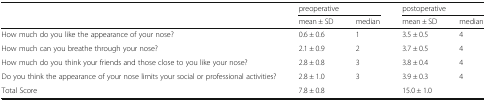
<table><thead><tr><td></td><td colspan="2"><b>preoperative</b></td><td colspan="2"><b>postoperative</b></td></tr><tr><td></td><td><b>mean ± SD</b></td><td><b>median</b></td><td><b>mean ± SD</b></td><td><b>median</b></td></tr></thead><tbody><tr><td>How much do you like the appearance of your nose?</td><td>0.6 ± 0.6</td><td>1</td><td>3.5 ± 0.5</td><td>4</td></tr><tr><td>How much can you breathe through your nose?</td><td>2.1 ± 0.9</td><td>2</td><td>3.7 ± 0.5</td><td>4</td></tr><tr><td>How much do you think your friends and those close to you like your nose?</td><td>2.8 ± 0.8</td><td>3</td><td>3.8 ± 0.4</td><td>4</td></tr><tr><td>Do you think the appearance of your nose limits your social or professional activities?</td><td>2.8 ± 1.0</td><td>3</td><td>3.9 ± 0.3</td><td>4</td></tr><tr><td>Total Score</td><td>7.8 ± 0.8</td><td></td><td>15.0 ± 1.0</td><td></td></tr></tbody></table>